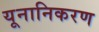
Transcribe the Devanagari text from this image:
यूनानिकरण